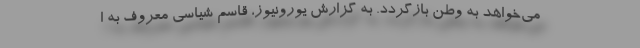
می‌خواهد به وطن بازگردد. به گزارش یورونیوز، قاسم شیاسی معروف به ا